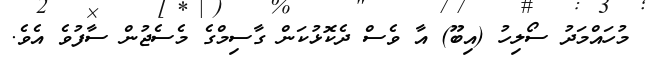
މުހައްމަދު ސޯލިހު (އިބޫ) އާ ވެސް ދެކޮޅުކަން ގާސިމްގެ މެސެޖުން ސާފުވެ އެވެ.